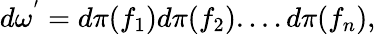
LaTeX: d{\omega}^{'}=d{\pi}(f_{1})d{\pi}(f_{2})....d{\pi}(f_{n}),